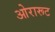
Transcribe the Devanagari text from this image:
ओरारूट